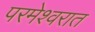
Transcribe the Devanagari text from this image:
परमेश्वरात